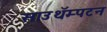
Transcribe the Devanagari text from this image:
साउथॅम्पटन